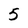
Character: 5